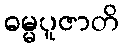
ဓမ္မပူဇာတိ